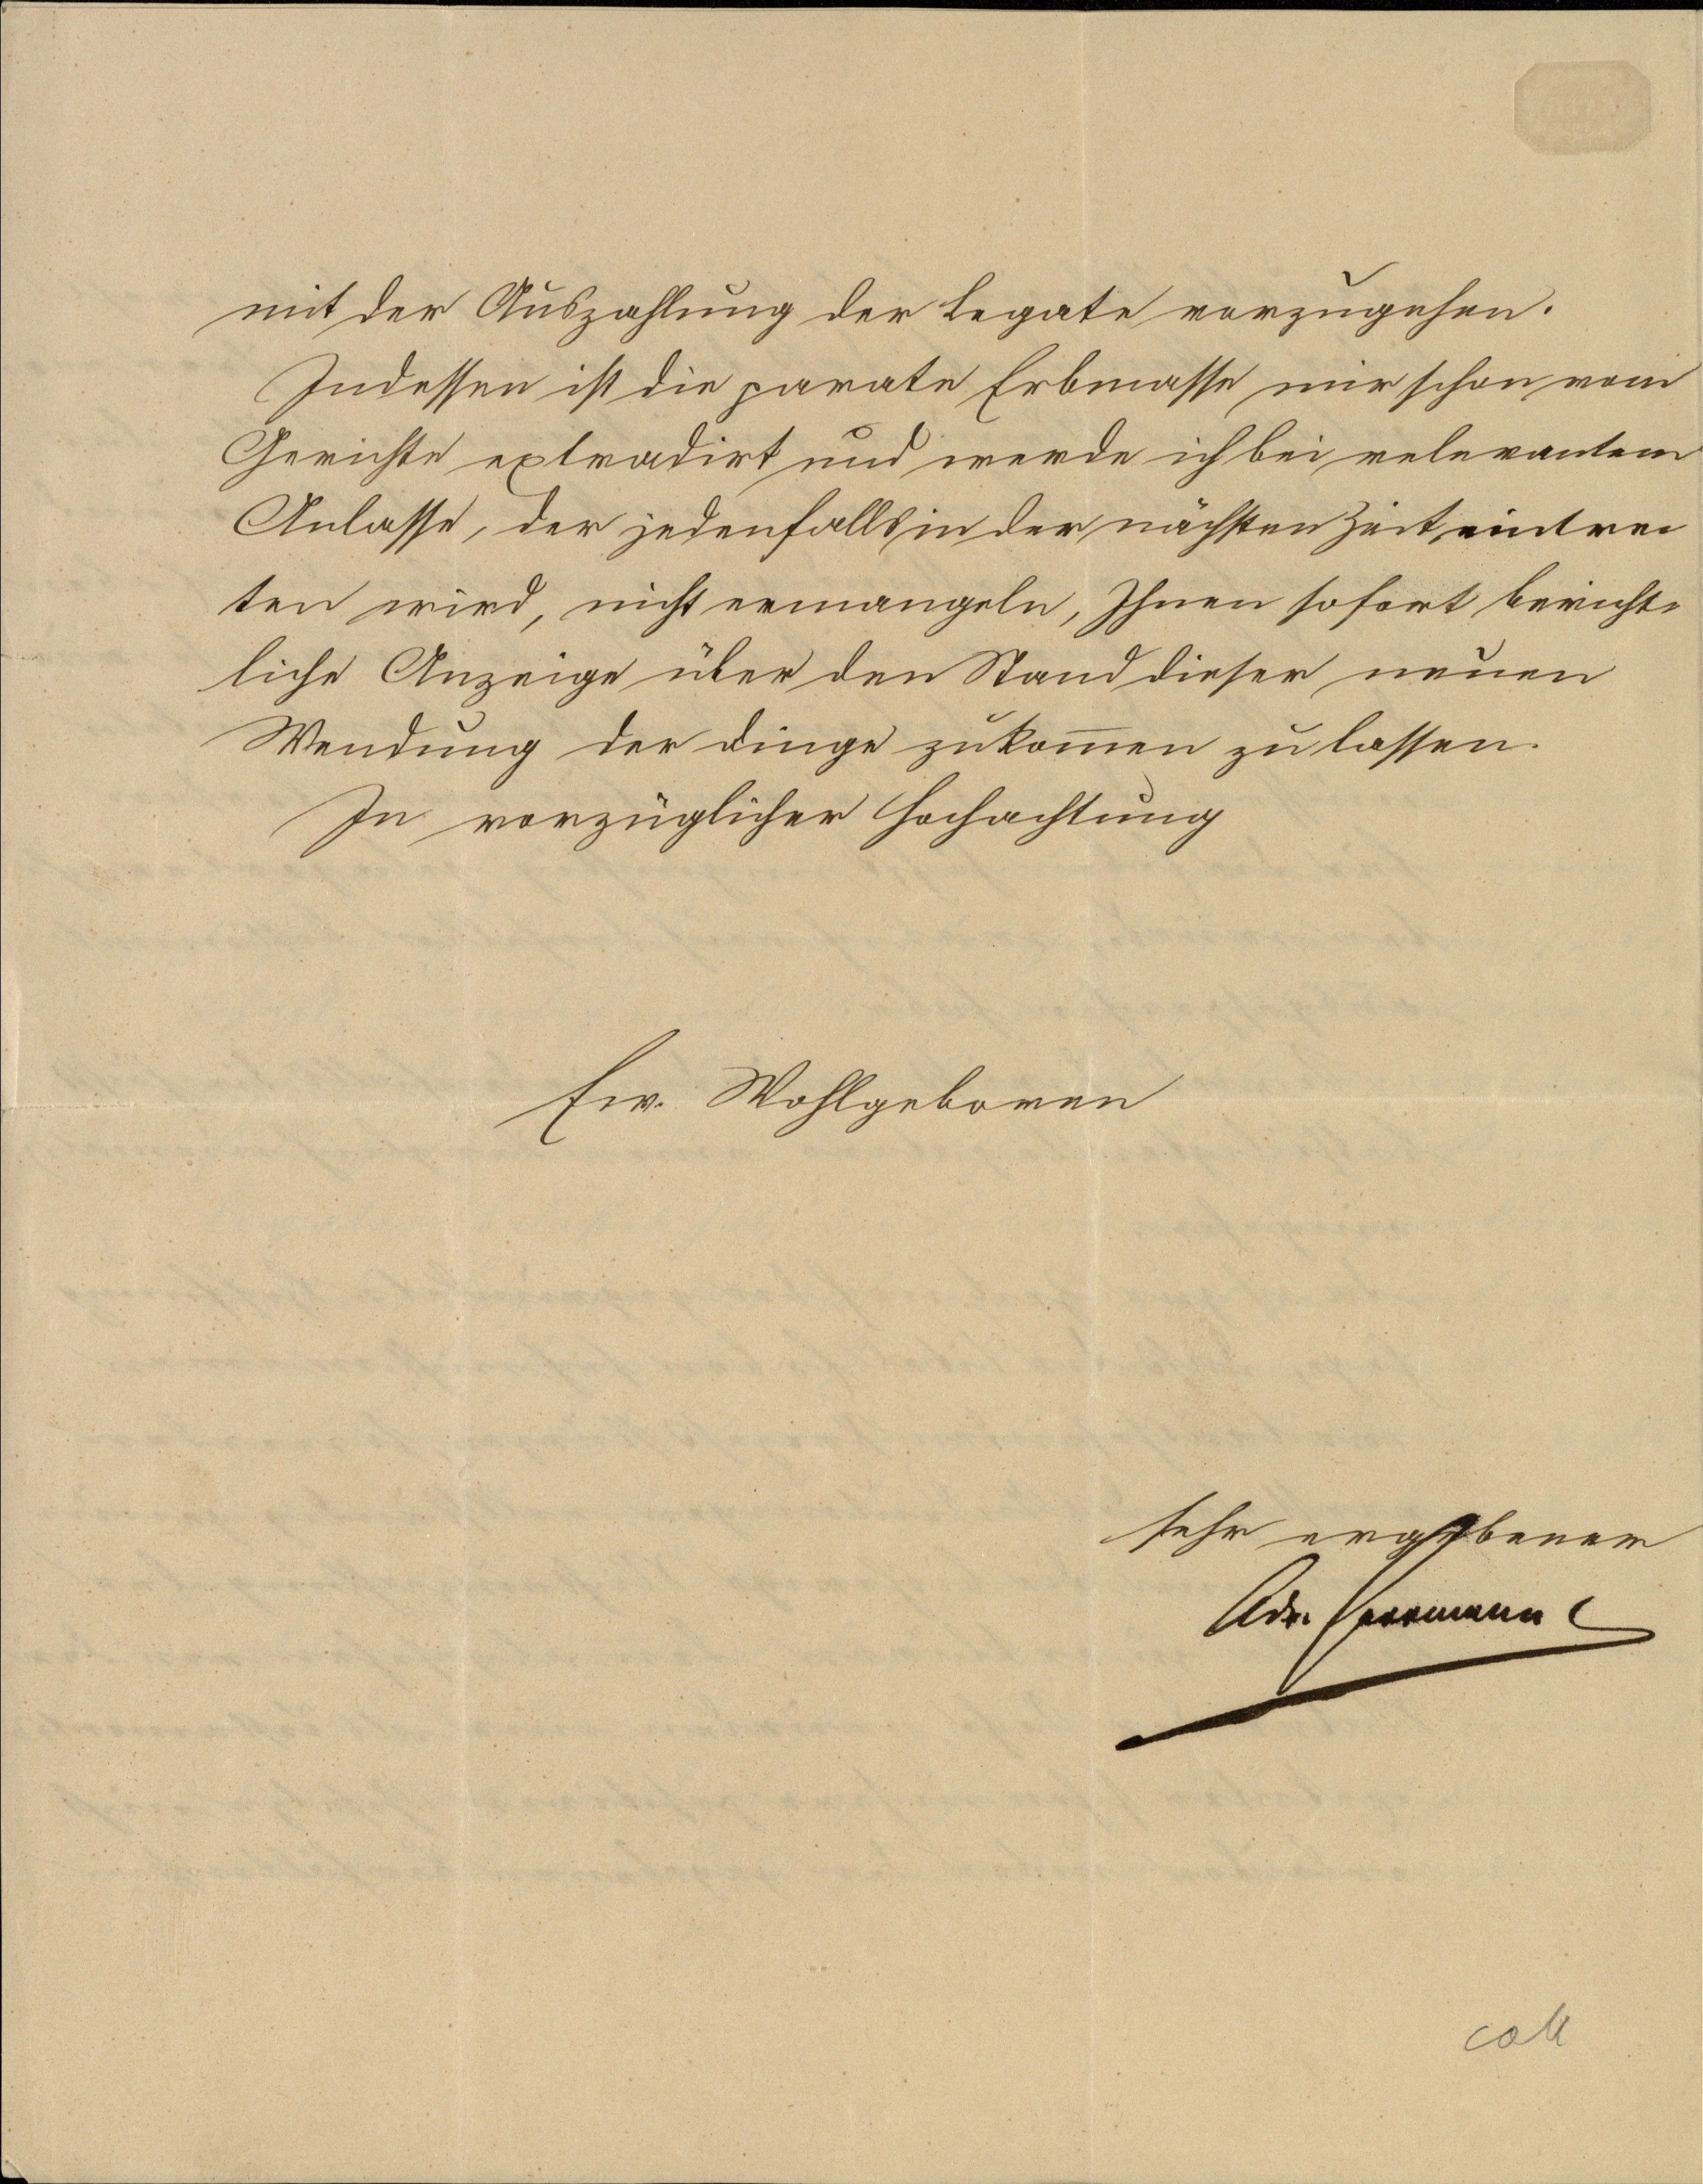
mit der Auszahlung der Legate vorzugehen.
Indessen ist die parate Erbmasse mir schon vom
Gerichte extradiert und werde ich bei relevantem
Anlasse, der jedenfalls in der nächsten Zeit eintret¬
ten wird, nicht ermangeln, Ihnen sofort bericht¬
liche Anzeige über den Stand dieser neuen
Wandlung der Dinge zukommen zu lassen.
In vorzüglicher Hochachtung
Ew. Wohlgeboren
sehr ergebener
Adam Herrmann